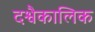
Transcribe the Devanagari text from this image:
दश्वैकालिक